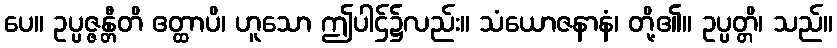
ပေ။ ဥပ္ပဇ္ဇန္တီတိ ဧတ္ထာပိ၊ ဟူသော ဤပါဌ်၌လည်း။ သံယောဇနာနံ၊ တို့၏။ ဥပ္ပတ္တိ၊ သည်။